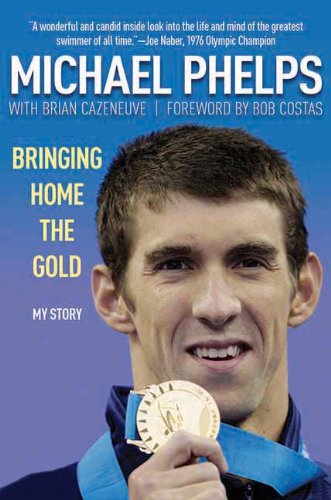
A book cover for Beneath the Surface: My Story; Michael Phelps; Health, Fitness & Dieting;